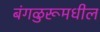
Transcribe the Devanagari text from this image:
बंगळुरूमधील